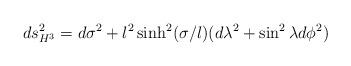
LaTeX: \begin{align*}ds^2_{H^3}= d\sigma^2+l^2\sinh^2(\sigma /l) (d\lambda^2+\sin^2\lambda d\phi^2)\end{align*}